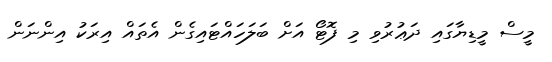
މީސް މީޑިޔާގައި ދަޢުރުވި މި ފޮޓޯ އަށް ބަލަހައްޓައިގެން އެތައް އިރަކު އިންނަން